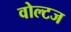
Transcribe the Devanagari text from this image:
वोल्टज